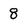
Character: 8